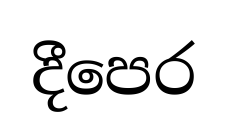
දීපෙර